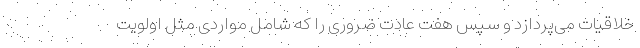
خلاقیات می‌پردازد و سپس هفت عادت ضروری را که شامل مواردی مثل اولویت